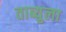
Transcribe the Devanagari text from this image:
ताब्युला